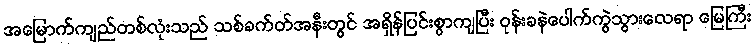
အမြောက်ကျည်တစ်လုံးသည် သစ်ခက်တ်အနီးတွင် အရှိန်ပြင်းစွာကျပြီး ဝုန်းခနဲပေါက်ကွဲသွားလေရာ မြေကြီး